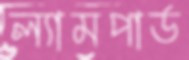
ল্যামপার্ড